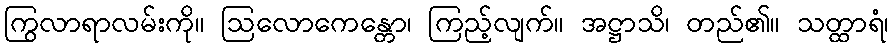
ကြွလာရာလမ်းကို။ ဩလောကေန္တော၊ ကြည့်လျက်။ အဋ္ဌာသိ၊ တည်၏။ သတ္ထာရံ၊